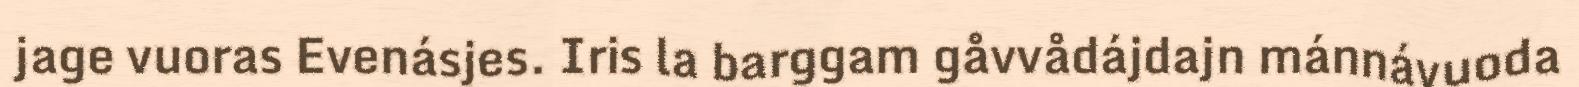
jage vuoras Evenásjes. Iris la barggam gåvvådájdajn mánnávuoda